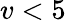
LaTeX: v<5